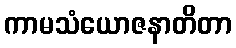
ကာမသံယောဇနာတိတာ